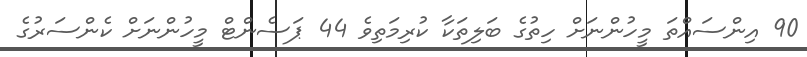
90 އިންސައްތަ މީހުންނަށް ހިތުގެ ބަލިތަކާ ކުރިމަތިވެ 44 ޕަސެންޓް މީހުންނަށް ކެންސަރުގެ